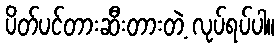
ပိတ်ပင်တားဆီးတားတဲ့ လုပ်ရပ်ပါ။